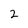
Character: 2